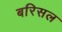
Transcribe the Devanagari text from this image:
बरिसल